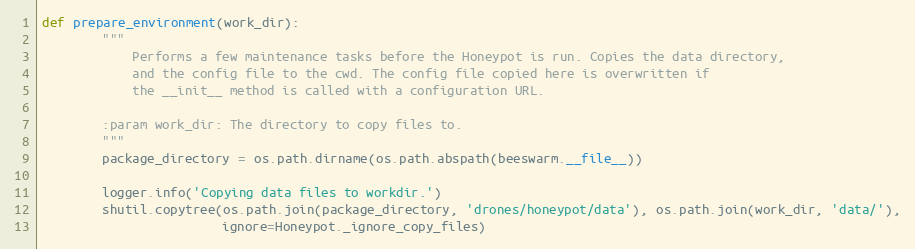
Language: Python
def prepare_environment(work_dir):
        """
            Performs a few maintenance tasks before the Honeypot is run. Copies the data directory,
            and the config file to the cwd. The config file copied here is overwritten if
            the __init__ method is called with a configuration URL.

        :param work_dir: The directory to copy files to.
        """
        package_directory = os.path.dirname(os.path.abspath(beeswarm.__file__))

        logger.info('Copying data files to workdir.')
        shutil.copytree(os.path.join(package_directory, 'drones/honeypot/data'), os.path.join(work_dir, 'data/'),
                        ignore=Honeypot._ignore_copy_files)